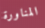
المناورة